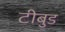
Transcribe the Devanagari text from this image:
टीबुड